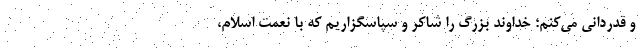
و قدردانی می‌کنم؛ خداوند بزرگ را شاکر و سپاسگزاریم که با نعمت اسلام،